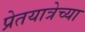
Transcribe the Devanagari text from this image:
प्रेतयात्रेच्या